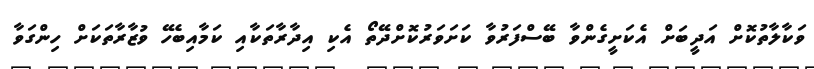
ވަކާލާތުކޮށް އަދީބަށް އެކަށީގެންވާ ބޭސްފަރުވާ ކަށަވަރުކޮށްދޭތޯ އެކި އިދާރާތަކާއި ކަމާއިބެހޭ ވުޒާރާތަކަށް ހިންގަވާ